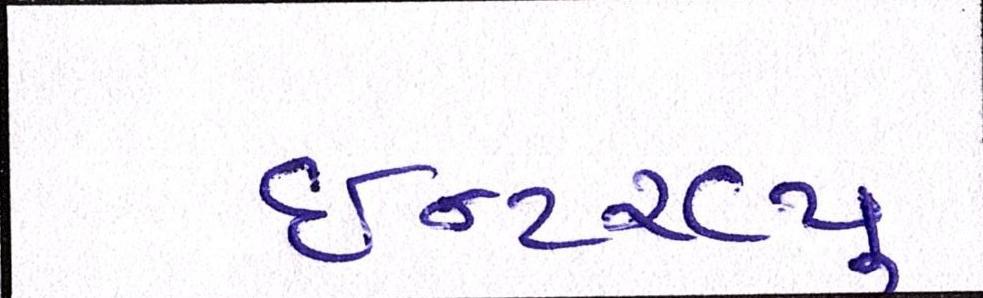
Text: ઈન્ટરવ્યૂ